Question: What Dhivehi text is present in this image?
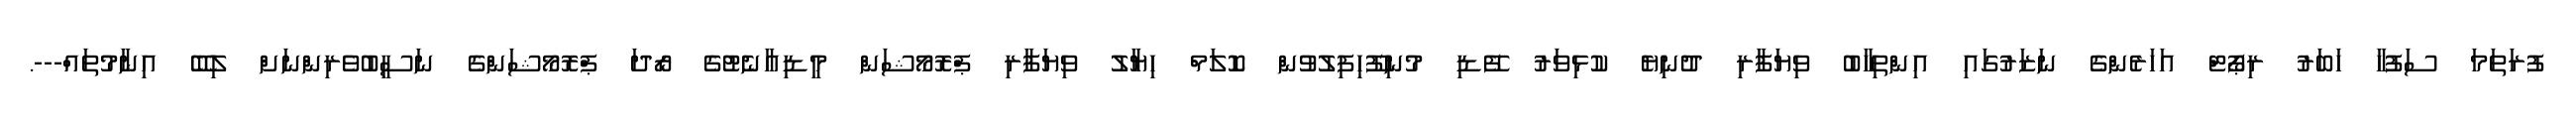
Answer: ފުރަތަމަ ސަފުހާ ހަބަރު ރިޕޯޓް އަހަރެންގެ ނަޒަރުގައި އިންތިހާބު ވިޔަފާރި ދުނިޔެ ކުޅިވަރު ފޭޑި މުނިފޫހިފިލުވުން ކޮލަމް ހިޔާލު ވިޔަފާރި ޕްރޮމޯޝަން މީޑިއާނެޓުގެ ރޯދަ ޕްރޮމޯޝަންގެ ނަސީބުވެރިންނަށް ލިބޭ އިނާމުތައް---.